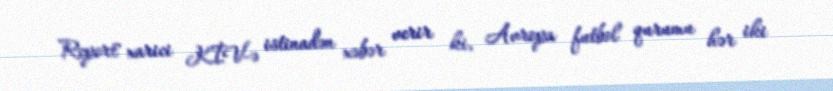
Report" xarici KİV-ə istinadən xəbər verir ki, Avropa futbol qurumu hər iki